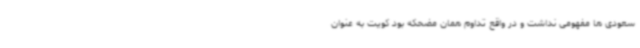
سعودی ها مفهومی نداشت و در واقع تداوم همان مضحکه بود کویت به عنوان